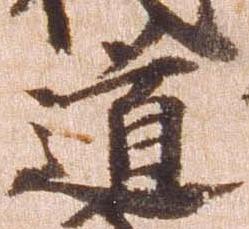
道